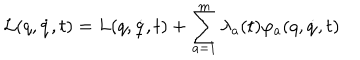
LaTeX: { \cal L } ( q , \dot { q } , t ) = L ( q , \dot { q } , t ) + \sum _ { a = 1 } ^ { m } \lambda _ { a } ( t ) \varphi _ { a } ( q , \dot { q } , t )